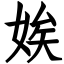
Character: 娭